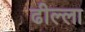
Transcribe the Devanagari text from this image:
ढील्ला